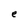
Character: e